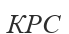
КРС